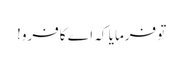
تو فرمایا کہ اے کافرو!